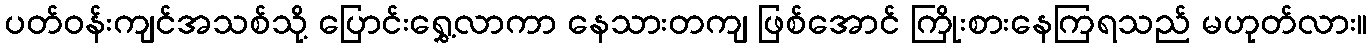
ပတ်ဝန်းကျင်အသစ်သို့ ပြောင်းရွှေ့လာကာ နေသားတကျ ဖြစ်အောင် ကြိုးစားနေကြရသည် မဟုတ်လား။